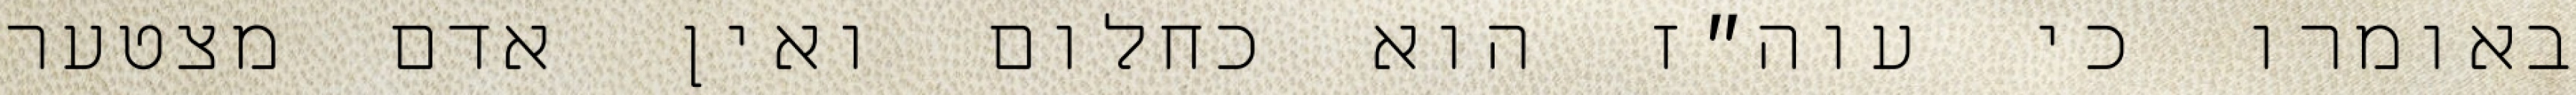
באומרו כי עוה״ז הוא כחלום ואין אדם מצטער